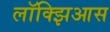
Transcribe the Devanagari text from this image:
लॉक्झिआस